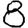
Digit: 8